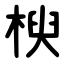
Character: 楰